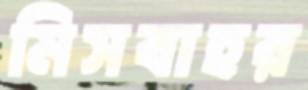
মিসবাহর